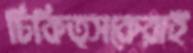
চিকিত্সকেরাই